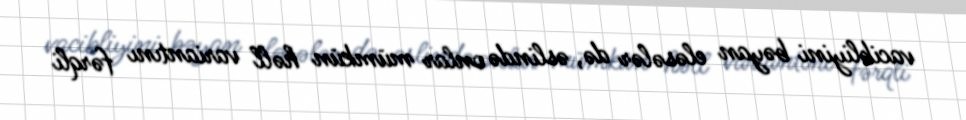
vacibliyini bəyan eləsələr də, əslində onlar mümkün həll variantını fərqli